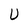
Character: U